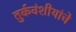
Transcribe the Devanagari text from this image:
तुर्कवंशीयांचे